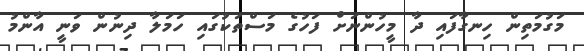
މަގުމަތިން ހިނގާފައި ދާ މީހުންނަށް ފަހުގެ މަސްތަކުގައި ހަމަލާ ދިނުން ވަނީ އާންމު